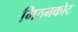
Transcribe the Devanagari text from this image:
मिठनकोट